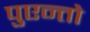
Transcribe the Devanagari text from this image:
पुएन्तो